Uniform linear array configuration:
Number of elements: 16
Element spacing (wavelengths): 0.5
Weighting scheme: binomial
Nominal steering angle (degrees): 45
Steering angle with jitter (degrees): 43.912
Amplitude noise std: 0.05
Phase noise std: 0.05

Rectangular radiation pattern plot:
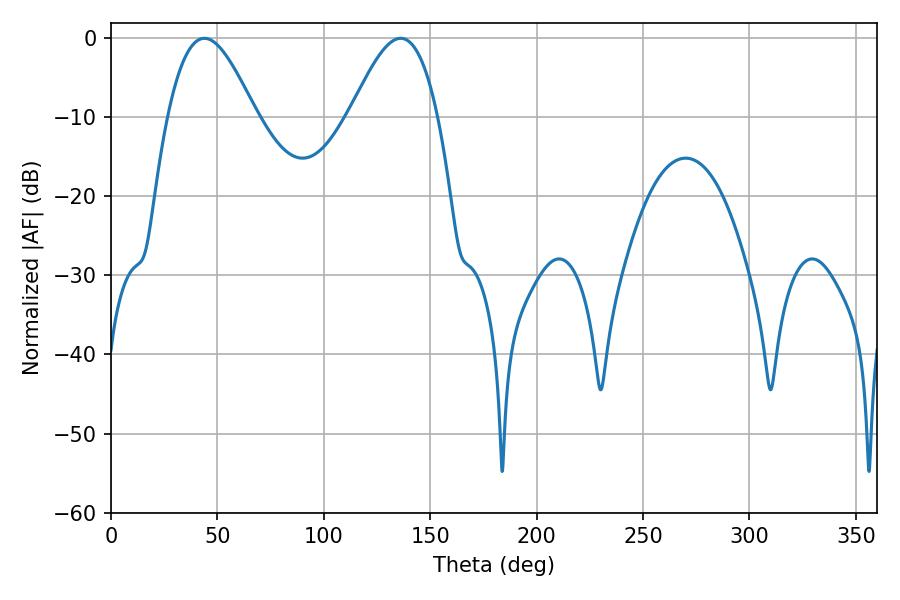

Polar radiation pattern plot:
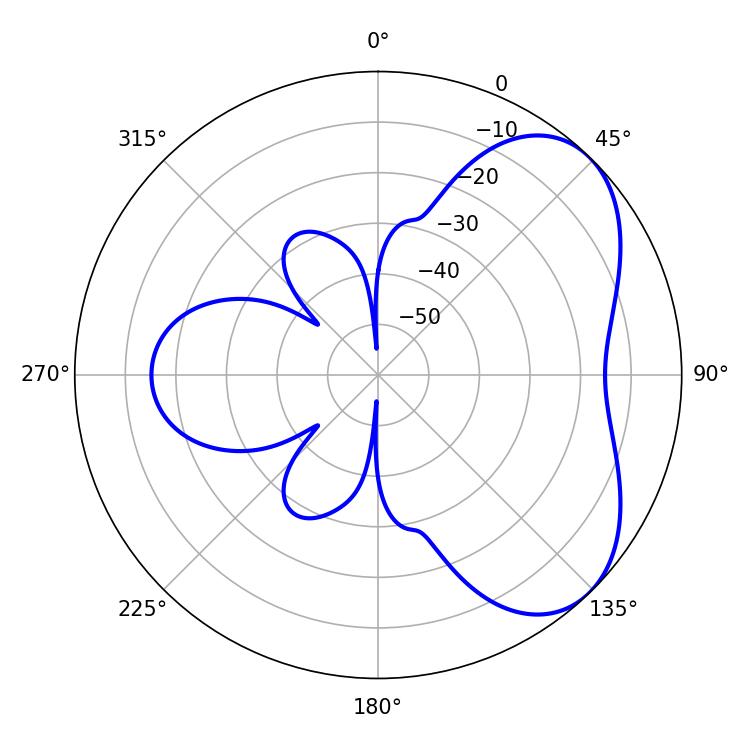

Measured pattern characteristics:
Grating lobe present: FALSE
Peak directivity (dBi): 5.17
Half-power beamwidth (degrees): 22.14
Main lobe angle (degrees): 136.08